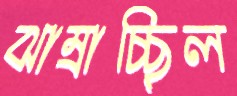
ঝাম্‌রাচ্ছিল